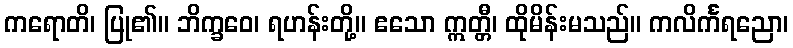
ကရောတိ၊ ပြု၏။ ဘိက္ခဝေ၊ ရဟန်းတို့။ ဧသော ဣတ္တီ၊ ထိုမိန်းမသည်။ ကလိင်္ကရညော၊